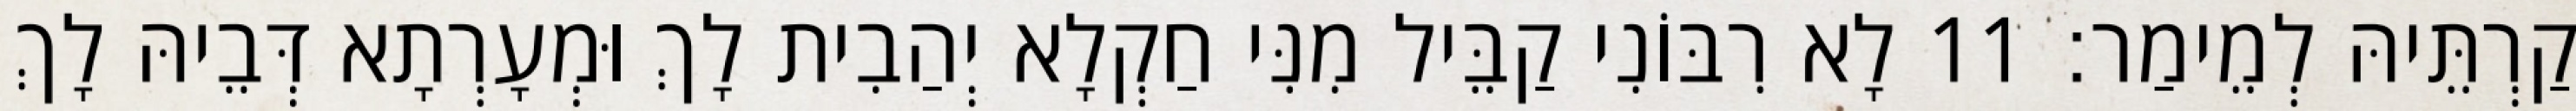
קַרְתֵּיהּ לְמֵימַר׃ 11 לָא רִבּוֹנִי קַבֵּיל מִנִּי חַקְלָא יְהַבִית לָךְ וּמְעָרְתָא דְּבֵיהּ לָךְ